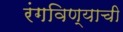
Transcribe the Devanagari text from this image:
रंगविण्याची